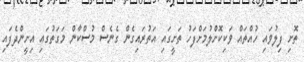
ތޮށި ފިލުވައި ހުއްތައް ވަކިކޮށްލުމަށްފަހު ތަށީގައި އަތުރައިގެން ގެނެސް މުސްކާން މަގަތުގައި އިށީންދެފައި